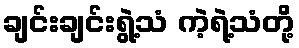
ချင်းချင်းရွဲ့သံ ကဲ့ရဲ့သံတို့